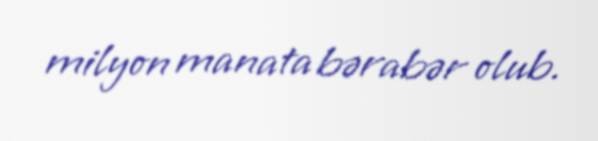
milyon manata bərabər olub.